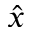
\hat { x }